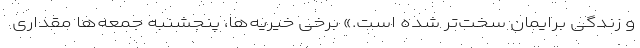
و زندگی برایمان سخت‌تر شده است.» برخی خیریه‌ها، پنجشنبه جمعه‌ها مقداری